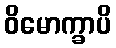
ဝိမောက္ခာပိ